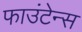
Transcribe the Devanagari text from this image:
फाउंटेन्स